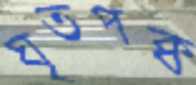
ঘৃতপক্ব